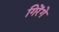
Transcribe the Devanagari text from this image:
गिरेंगे